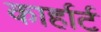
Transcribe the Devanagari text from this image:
कार्हार्ट